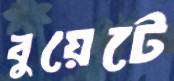
বুয়েটে